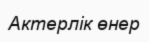
Актерлік өнер